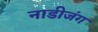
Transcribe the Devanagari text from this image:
नाडीजंग